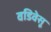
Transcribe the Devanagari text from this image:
वडिवेसू